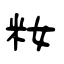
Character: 籹